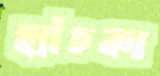
হ্যাঁচকা